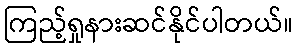
ကြည့်ရှုနားဆင်နိုင်ပါတယ်။